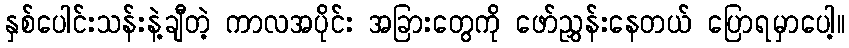
နှစ်ပေါင်းသန်းနဲ့ချီတဲ့ ကာလအပိုင်း အခြားတွေကို ဖော်ညွှန်းနေတယ် ပြောရမှာပေါ့။